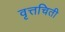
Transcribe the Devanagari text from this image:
वृत्तचिती